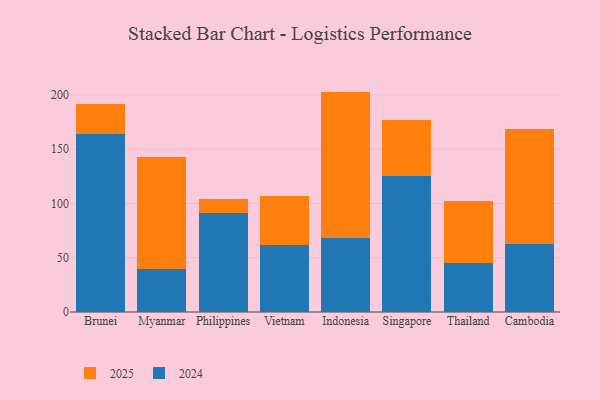
{"axis": {"x": "Country", "y": "Website Visitors"}, "legend": ["2024", "2025"], "data": [{"x": "Brunei", "y": 27.6, "type": "2025"}, {"x": "Brunei", "y": 164.1, "type": "2024"}, {"x": "Myanmar", "y": 103.3, "type": "2025"}, {"x": "Myanmar", "y": 39.6, "type": "2024"}, {"x": "Philippines", "y": 13.5, "type": "2025"}, {"x": "Philippines", "y": 90.9, "type": "2024"}, {"x": "Vietnam", "y": 44.8, "type": "2025"}, {"x": "Vietnam", "y": 61.9, "type": "2024"}, {"x": "Indonesia", "y": 134.9, "type": "2025"}, {"x": "Indonesia", "y": 68.1, "type": "2024"}, {"x": "Singapore", "y": 52.2, "type": "2025"}, {"x": "Singapore", "y": 124.9, "type": "2024"}, {"x": "Thailand", "y": 56.9, "type": "2025"}, {"x": "Thailand", "y": 44.9, "type": "2024"}, {"x": "Cambodia", "y": 105.3, "type": "2025"}, {"x": "Cambodia", "y": 63.0, "type": "2024"}]}